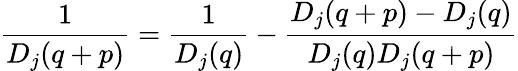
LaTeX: {\frac{1}{D_{j}(q+p)}}={\frac{1}{D_{j}(q)}}-{\frac{D_{j}(q+p)-D_{j}(q)}{D_{j}(q)D_{j}(q+p)}}